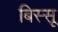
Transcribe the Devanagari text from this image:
बिस्सू